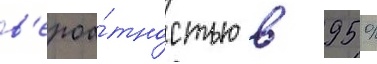
в'ероа́тностью в 95 %